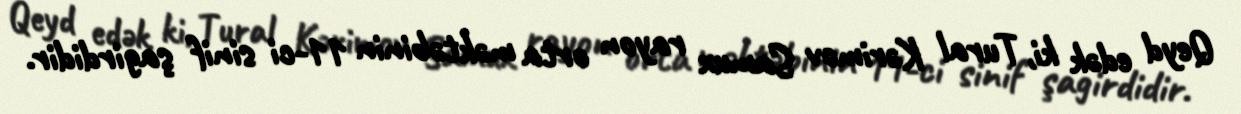
Qeyd edək ki, Tural Kərimov Samux rayon orta məktəbinin 11-ci sinif şagirdidir.